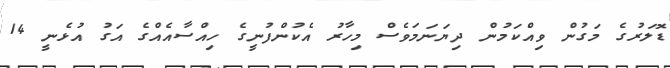
ޑޮލަރުގެ މަގުން ވިއްކަމުން ދިޔަނަމަވެސް މިހާރު އެކުންފުނީގެ ހިއްސާއެއްގެ އަގު އުޅެނީ 14